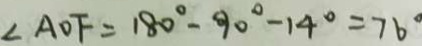
\angle A O F = 1 8 0 ^ { \circ } - 9 0 ^ { \circ } - 1 4 ^ { \circ } = 7 6 ^ { \circ }